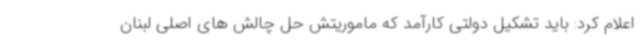
اعلام کرد: باید تشکیل دولتی کارآمد که ماموریتش حل چالش های اصلی لبنان